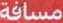
مسافة